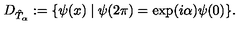
D _ { \hat { T } _ { \alpha } } : = \{ \psi ( x ) \mid \psi ( 2 \pi ) = \exp ( i \alpha ) \psi ( 0 ) \} .